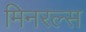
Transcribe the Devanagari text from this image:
मिनरल्‍स